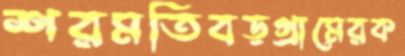
শরমতিবড়গ্রামেরক